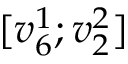
[ v _ { 6 } ^ { 1 } ; v _ { 2 } ^ { 2 } ]